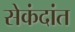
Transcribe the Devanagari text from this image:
सेकंदांत